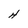
Character: H